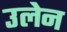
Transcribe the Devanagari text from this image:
उलेन